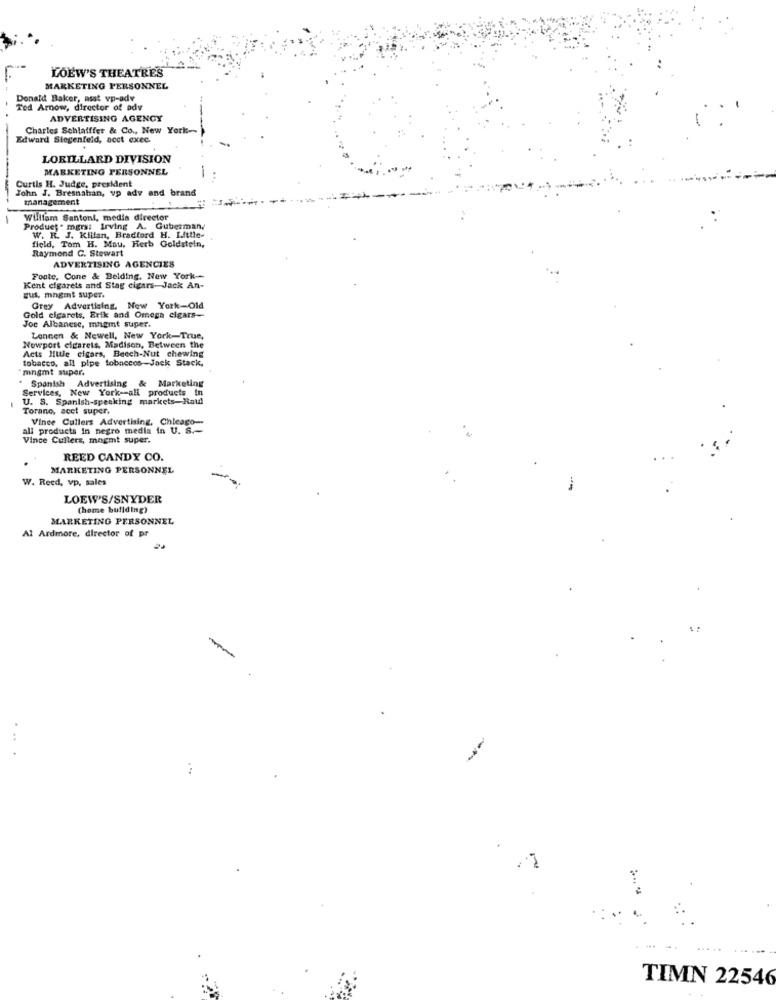
LOEW'S THEATRES
MARKETING PERSONNEL
Donald Baker, asst vp-adv
Ted Amnow, director of adv
ADVERTISING AGENCY
Charles Schlafffer & Co ., New York-
Edward Siegenfeld, acct exec.
LORILLARD DIVISION
MARKETING PERSONNEL
Curtis H. Judge, president
John J. Bresnahan, vo adv and brand
management
William Santoni, media director
Product . mgrs: Irving A. Guberman,
field, Tom H. Mau, Herb Goldstein,
W. R. J. Kilian, Bradford H. Little-
Raymond C. Stewart
ADVERTISING AGENCIES
Foute, Cone & Belding. New York --
Kent cigarets and Stag cigars- Jack An-
gus, mngmt super.
Grey Advertising, New York-Old
Gold cigarets, Erik and Omega elgars-
Joe Albanese, mngmt super.
Lonnen & Newell, New York-True,
Acts Hutle cigars, Beech-Nut chewing
Newport cigarets, Madison, Between the
tobacco, all pipe tobaccos -- Jack Stack,
mngmt super.
Spanish Advertising & Marketing
Services, New York -- all products In
U. S. Spanish-speaking markets-Raul
Torano, acet super.
Vince Cullers Advertising, Chicago-
all products in negro media in U. S .-
Vince Culters, mngmt super.
REED CANDY CO.
MARKETING PERSONNEL
W. Reed, vp, sales
---
LOEW'S/SNYDER
(home buliding)
MARKETING PERSONNEL
Al Ardmore, director of pr
TIMN 22546